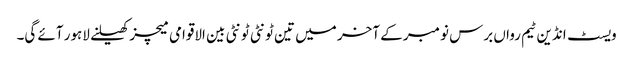
ویسٹ انڈین ٹیم رواں برس نومبر کے آخر میں تین ٹونٹی ٹونٹی بین الاقوامی میچز کھیلنے لاہور آئے گی۔